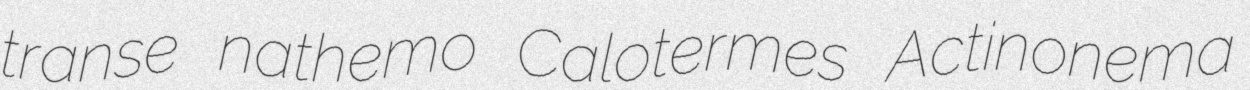
transe nathemo Calotermes Actinonema